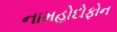
નામહોદોફોન